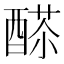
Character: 𨡸